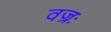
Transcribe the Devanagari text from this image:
वज्रः